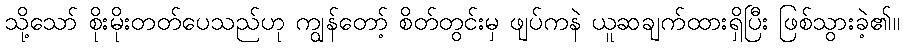
သို့သော် စိုးမိုးတတ်ပေသည်ဟု ကျွန်တော့် စိတ်တွင်းမှ ဖျပ်ကနဲ ယူဆချက်ထားရှိပြီး ဖြစ်သွားခဲ့၏။